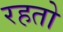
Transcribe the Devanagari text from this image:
रहतो